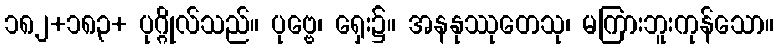
၁၈၂+၁၈၃+ ပုဂ္ဂိုလ်သည်။ ပုဗ္ဗေ၊ ရှေး၌။ အနနုဿုတေသု၊ မကြားဘူးကုန်သော။